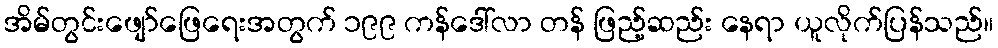
အိမ်တွင်းဖျော်ဖြေရေးအတွက် ၁၉၉ ကန်ဒေါ်လာ တန် ဖြည့်ဆည်း နေရာ ယူလိုက်ပြန်သည်။